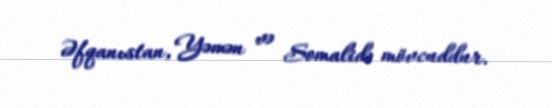
Əfqanıstan, Yəmən və Somalidə mövcuddur.